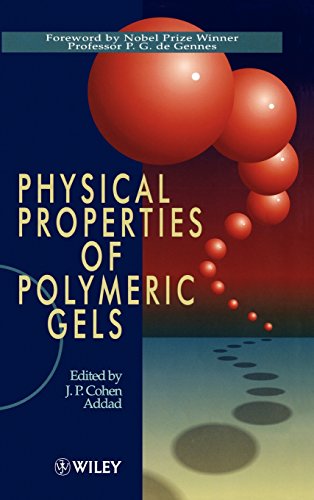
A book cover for Physical Properties of Polymeric Gels; Science & Math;